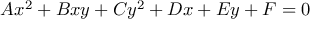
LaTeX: A x ^ { 2 } + B x y + C y ^ { 2 } + D x + E y + F = 0